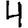
Digit: 4